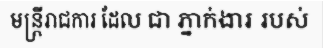
មន្ត្រីរាជការ ដែល ជា ភ្នាក់ងារ របស់